Medical and sanitary report of the native army of Madras for the year
Year: 1876
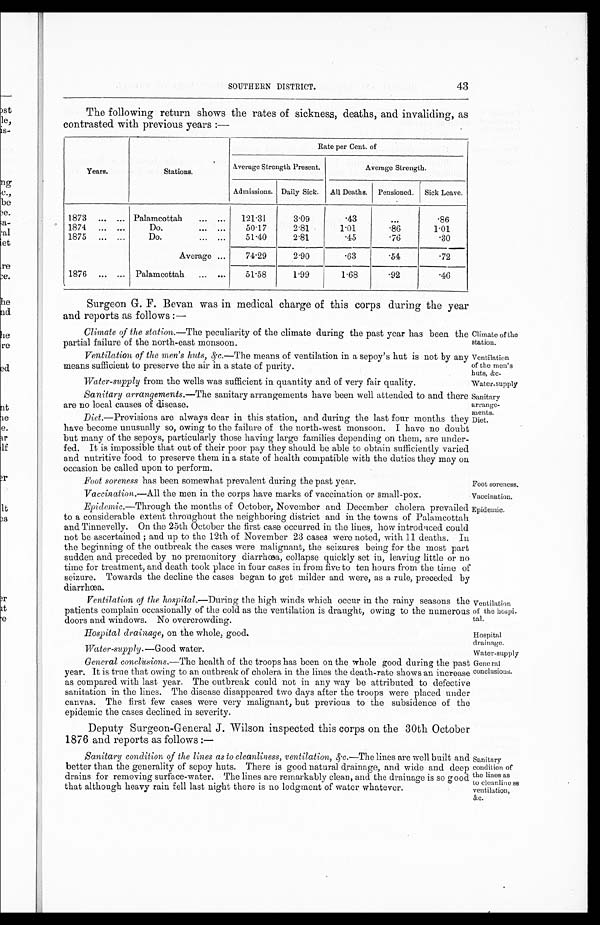
Climate of the
station.
Ventilation
of the men's
huts, &c.
Water-supply
Sanitary
arrange-
ments.
Foot soreness.
Vaccination
Epidemic.
Ventilation
of the hospi
-tal.
Hospital
drainage.
Water-supply
SOUTHERN DISTRICT.
43
The following return shows the rates of sickness, deaths, and invaliding, as
contrasted with previous years :—
Years.
Stations.
Rate per Cent. of
Average Strength Present.
Average Strength.
Admissions. Daily Sick.
All Deaths. Pensioned. Sick Leave.
1873
...
... Palamcottah... ...
121.31
3.09
.43
...
.86
1874
...
...
Do.
... ...
50.17
2.81
1.01
.86
1.01
1875
...
...
Do.
...
...
51.40
2.81
.45
.76
.30
Average . . .
74.29
2.90
.63
.54
.72
1876
...
... Palamcottah...
...
51.58
1.99
1.68
.92
.46
Surgeon G.F. Bevan was in medical charge of this corps during the year
and reports as follows :—
Climate of the station. —The peculiarity of the climate during the past year has been the
partial failure of the north-east monsoon.
Ventilation of the men's huts, &c.—The means of ventilation in a sepoy's hut is not by any
means sufficient to preserve the air in a state of purity.
Water-supply from the wells was sufficient in quantity and of very fair quality.
Sanitary arrangements. —The sanitary arrangements have been well attended to and there
are no local causes of disease.
Diet. —Provisions are always dear in this station, and during the last four months they
have become unusually so, owing to the failure of the north-west monsoon. I have no doubt
but many of the sepoys, particularly those having large families depending on them, are under-
fed. It is impossible that out of their poor pay they should be able to obtain sufficiently varied
and nutritive food to preserve them in a state of health compatible with the duties they may on
occasion be called upon to perform.
Diet.
Foot soreness has been somewhat prevalent during the past year.
Vaccination. —All the men in the corps have marks of vaccination or small-pox.
Epidemic.—Through the months of October, November and December cholera prevailed
to a considerable extent throughout the neighboring district and in the towns of P a l a m c o t t a h
and Tinnevelly. On the 25th October the first case occurred in the lines, how introduced could
not be ascertained ; and up to the 12th of November 23 cases were noted, with 11 deaths. In
the beginning of the outbreak the cases were malignant, the seizures being for the most part
sudden and preceded by no premonitory diarrhœa, collapse quickly set in, leaving little or no
time for treatment, and death took place in four cases in from five to ten hours from the time of
seizure. Towards the decline the cases began to get milder and were, as a rule, preceded by
diarrhœa.
Ventilation of the hospital. —During the high winds which occur in the rainy seasons the
patients complain occasionally of the cold as the ventilation is draught, owing to the numerous
doors and windows. No overcrowding.
Hospital drainage, on the whole, good.
Water-supply. —Good water.
General conclusions. —The health of the troops has been on the whole good during the past
year. It is true that owing to an outbreak of cholera in the lines the death-rate shows an increase
as compared with last year. The outbreak could not in any way be attributed to defective
sanitation in the lines. The disease disappeared two days after the troops were placed under
canvas. The first few cases were very malignant, but previous to the subsidence of the
epidemic the cases declined in severity.
Deputy Surgeon-General J. Wilson inspected this corps on the 30th October
1876 and reports as follows :—
Sanitary condition of the lines as to cleanliness, ventilation, &c. —The lines are well built and
better than the generality of sepoy huts. There is good natural drainage, and wide and deep
drains for removing surface-water. The lines are remarkably clean, and the drainage is so good
that although heavy rain fell last night there is no lodgment of water whatever.
General
conclusions.
Sanitary
condition of
the lines as
to cleanliness
ventilation,
&c.